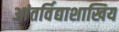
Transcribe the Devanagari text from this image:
आंतर्विद्याशाखिय